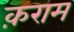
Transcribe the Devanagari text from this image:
क़राम